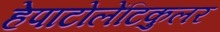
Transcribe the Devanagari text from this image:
हेपाटोलेंटिकुलर